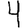
Digit: 4